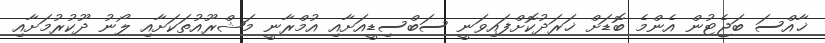
ޚާއްސަ ބަޖެޓުން އެންމެ ބޮޑަށް ޚަރަދުކޮށްފައިވަނީ ސަބްސިޑީއަށާއި އުމްރާނީ މަޝްރޫއުތަކަށާއި ލޯނު ދޫކުރުމަށާއި